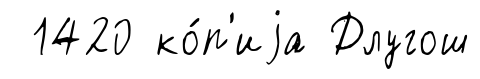
1420 ко́п'иjа Длугош